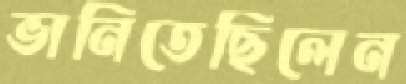
ভানিতেছিলেন